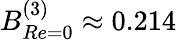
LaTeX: B_{Re=0}^{(3)}\approx 0.214